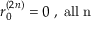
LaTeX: r _ { 0 } ^ { ( 2 n ) } = 0 \; , \; \mathrm { a l l ~ n }